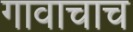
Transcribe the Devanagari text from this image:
गावाचाच